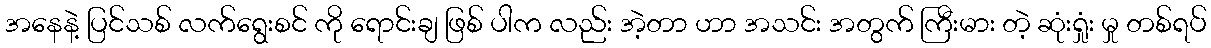
အနေနဲ့ ပြင်သစ် လက်ရွေးစင် ကို ရောင်းချ ဖြစ် ပါက လည်း အဲ့တာ ဟာ အသင်း အတွက် ကြီးမား တဲ့ ဆုံးရှုံး မှု တစ်ရပ်